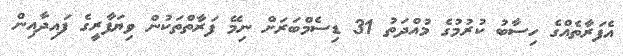
އެފަރާތެއްގެ ހިސާބު ކުރުމުގެ މުއްދަތު 31 ޑިސެމްބަރަށް ނިމޭ ފަރާތްތަކުން ވިޔަފާރީގެ ފައިދާއިން